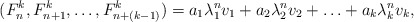
\begin{align*}(F^k_n, F^k_{n+1}, \ldots, F^k_{n+(k-1)}) = a_1 \lambda_1^n v_1 + a_2 \lambda_2^n v_2 + \ldots + a_k \lambda_k^n v_k,\end{align*}